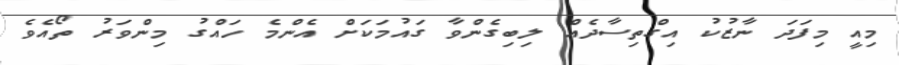
މިއީ މިފަދަ ނާޒުކު އިގްތިސާދެއް ލިބިގެންވާ ގައުމަކަށް އެންމެ ހައްގު މިންވަރު ތޯއެވެ